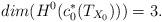
LaTeX: \begin{align*} dim(H^0(c_0^\ast(T_{X_0})))=3.\end{align*}